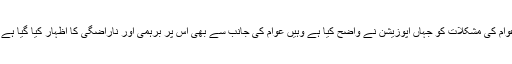
عوام کی مشکلات کو جہاں اپوزیشن نے واضح کیا ہے وہیں عوام کی جانب سے بھی اس پر برہمی اور ناراضگی کا اظہار کیا گیا ہے ۔